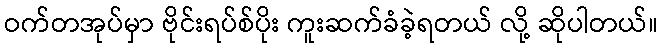
ဝက်တအုပ်မှာ ဗိုင်းရပ်စ်ပိုး ကူးဆက်ခံခဲ့ရတယ် လို့ ဆိုပါတယ်။